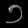
Digit: ၁